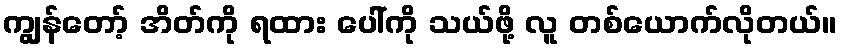
ကျွန်တော့် အိတ်ကို ရထား ပေါ်ကို သယ်ဖို့ လူ တစ်ယောက်လိုတယ်။